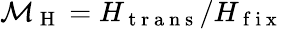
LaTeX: \mathcal{M}_{\mathrm{~H~}}=H_{\mathrm{~t~r~a~n~s~}}/H_{\mathrm{~f~i~x~}}